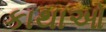
કાથાઓ